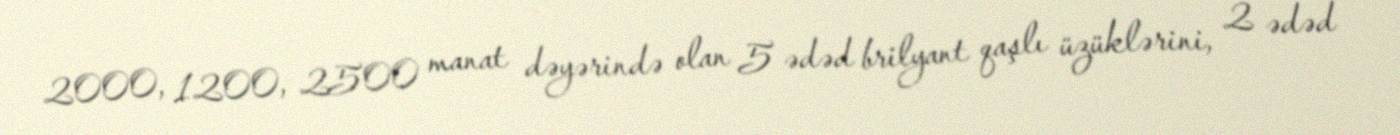
2000, 1200, 2500 manat dəyərində olan 5 ədəd brilyant qaşlı üzüklərini, 2 ədəd